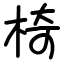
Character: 椅